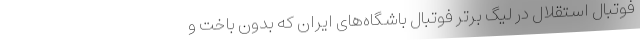
فوتبال استقلال در لیگ برتر فوتبال باشگاه‌های ایران که بدون باخت و